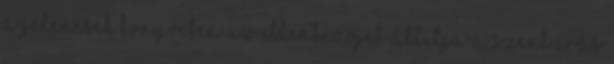
A Jelenesek konyveben az ellenkezojet állítja a Szent Írás